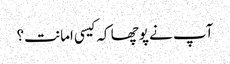
آپ نے پوچھا کہ کیسی امانت؟